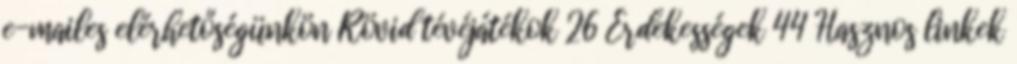
e-mailes elérhetőségünkön Rövid tévéjátékok 26 Érdekességek 44 Hasznos linkek